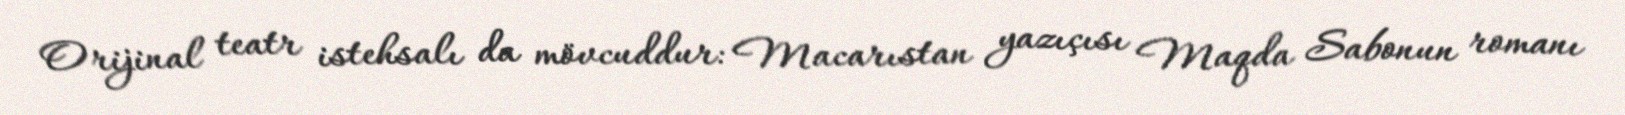
Orijinal teatr istehsalı da mövcuddur: Macarıstan yazıçısı Maqda Sabonun romanı